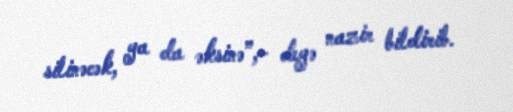
silinəcək, ya da əksinə”,- deyə nazir bildirib.